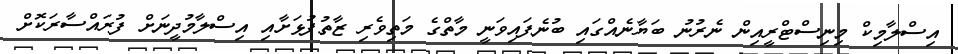
އިސްލާމިކް މިނިސްޓްރީއިން ނެރުނު ބަޔާނެއްގައި ބުނެފައިވަނީ މާތްގެ މަތިވެރި ޒާތުފުޅަށާއި އިސްލާމުދީނަށް ފުރައްސާރަކޮށް